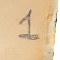
1